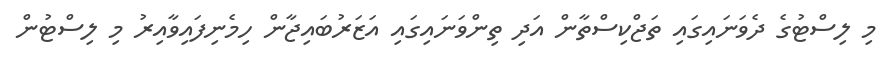
މި ލިސްޓުގެ ދެވަނައިގައި ތަޖްކިސްތާން އަދި ތިންވަނައިގައި އަޒަރުބައިޖާން ހިމެނިފައިވާއިރު މި ލިސްޓުން